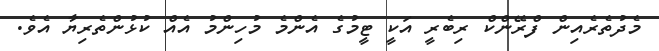
މެދުތެރެއިން ފްރޭންކް ރިބެރީ އަކީ ޓީމުގެ އެންމެ މުހިންމު އެއް ކުޅުންތެރިޔާ އެވެ.